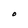
Character: O